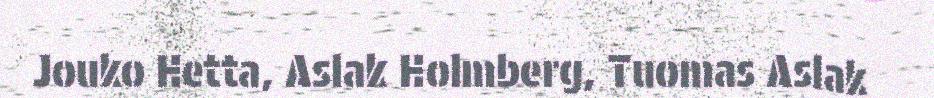
Jouko Hetta, Aslak Holmberg, Tuomas Aslak